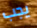
يجب